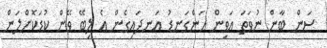
ސަން ބާން ނުވަތަ އަވިން ހަންގަނޑު އަނދައިގެން އެ ލިބޭ ވޭން ކުޑަކޮށްލަން